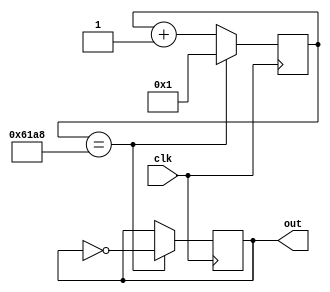
module M(input clk, output out );
	reg out = 0;
	reg[31:0] counter=32'b1;
	always @(posedge clk) begin 
		counter <= counter + 32'b1;
		 if (counter == 25000 ) begin
		 	out <= ~out;
		 	counter <= 1;
		 end
	end
	

endmodule